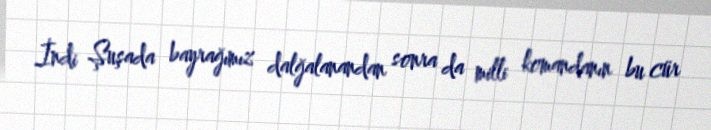
İndi Şuşada bayrağımız dalğalanandan sonra da milli komandanın bu cür